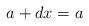
LaTeX: \begin{align*}a+dx =a\end{align*}